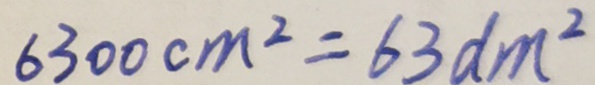
6 3 0 0 c m ^ { 2 } = 6 3 d m ^ { 2 }